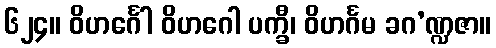
၆၂၄။ ဝိဟင်္ဂေါ ဝိဟဂေါ ပက္ခီ၊ ဝိဟင်္ဂမ ခဂ’ဏ္ဍဇာ။